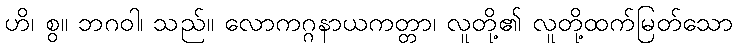
ဟိ၊ စွ။ ဘဂဝါ၊ သည်။ လောကဂ္ဂနာယကတ္တာ၊ လူတို့၏ လူတို့ထက်မြတ်သော